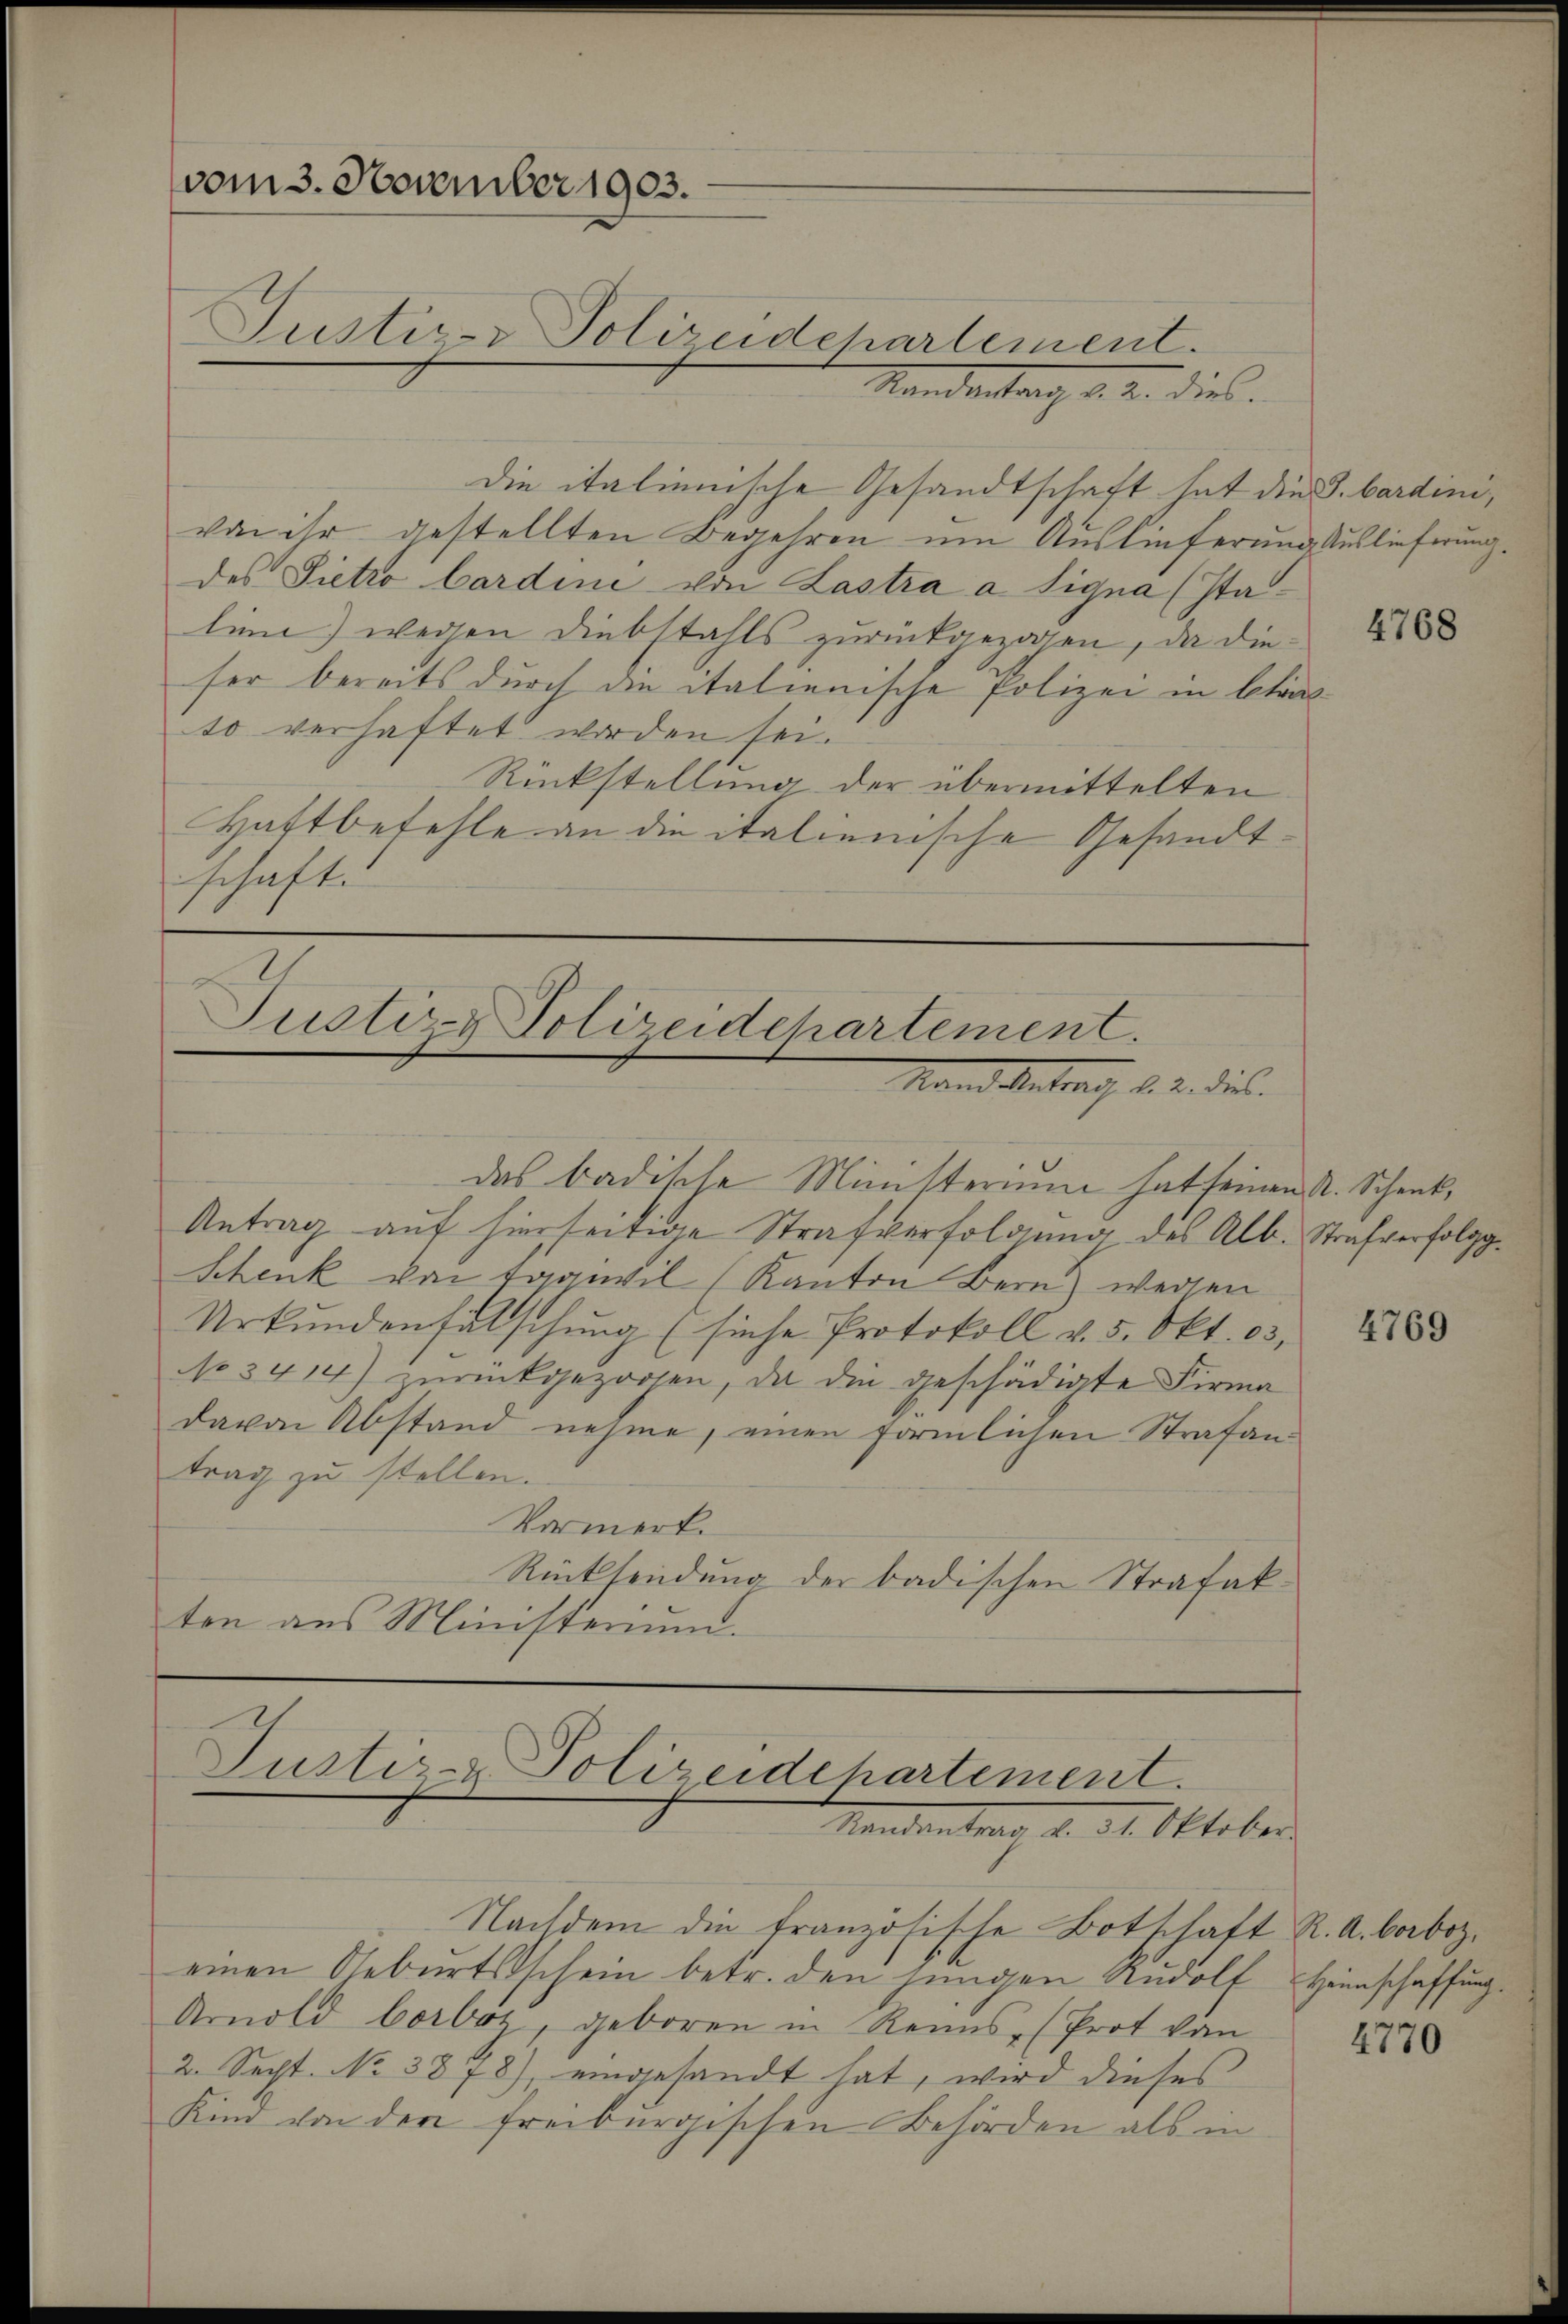
vom 3. November 1903.

Mandantag a. a. dies
die italienische Gesandtschaft hat die J. bardini,
von ihr gestellten Begehren um Auslieferung Auslieferung.
des Pietro bardine von Lastra a signa (Italien) wegen Diebstahls zurückgezogen, da dieser bereits durch die italienische Polizei in betät
to verhaftet worden sei.
Rückstellung der übermittelten
Haftbefehle an die italienische Gesandtschaft.

Justiz- Polizeidchartement.

4768

Justiz- & Polizeidchartement.
Stand Antrach d. 2. dies

das badische Ministerium hat seinen A. Schenk¬
Antrag auf hierseitige Strafverfolgung des Alb. Strafverfolgg¬
Schenk von tagiwil (Kanton Bern) wegen
Urkundenfälschung (siehe Protokoll v. 5. Okt. 13,
No 3414) zurückgezogen, da die geschädigte Firma
davon Abstand nehme, einen förmlichen Strafantrag zu stellen.
Vormerk.
Rücksendung der badischen Strafakten aus Ministerium.

4769

Justiz- & Polizeidehartement.
Randantrag v. 31. Oktober.

Nachdem die französische Botschaft R. A. borbozeinen Geburtsschein betr. den jungen Rudolf Heimschaffung.
Arnold borboz, geboren in Renns (Prot von
2. Secht. No 3878), eingesandt hat, wird dieses
Kind von der freiburgischen Behörden als in

4770